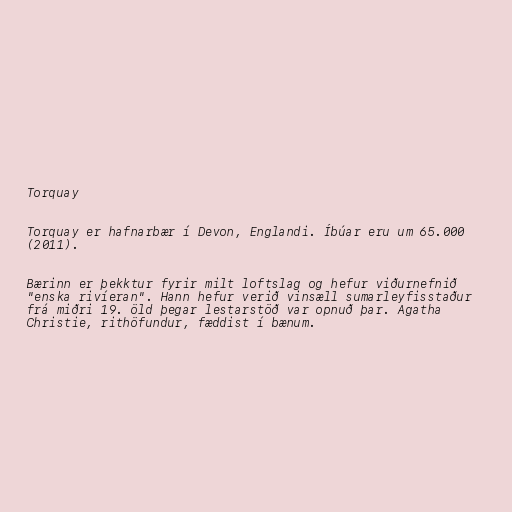
Torquay

Torquay er hafnarbær í Devon, Englandi. Íbúar eru um 65.000
(2011).

Bærinn er þekktur fyrir milt loftslag og hefur viðurnefnið
"enska rivíeran". Hann hefur verið vinsæll sumarleyfisstaður
frá miðri 19. öld þegar lestarstöð var opnuð þar. Agatha
Christie, rithöfundur, fæddist í bænum.